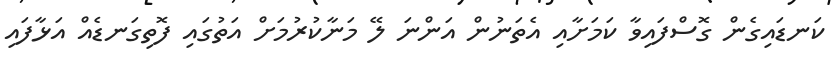
ކަނޑައިގެން ގޮސްފައިވާ ކަމަށާއި އެތަނުން އަންނަ ލޭ މަނާކުރުމަށް އަތުގައި ފޮތިގަނޑެއް އަޅާފައި